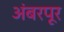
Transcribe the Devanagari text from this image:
अंबरपूर